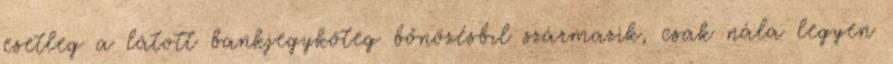
esetleg a látott bankjegyköteg bőnözésbıl származik, csak nála legyen